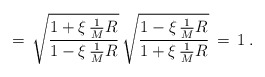
\begin{align*}=\, \sqrt{\frac{1 + \xi \,\frac{1}{M} R }{1 - \xi \,\frac{1}{M} R}} \, \sqrt{\frac{1 - \xi \,\frac{1}{M} R}{1 + \xi \,\frac{1}{M} R}} \,=\, 1 \;.\end{align*}